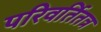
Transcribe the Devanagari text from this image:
परिवर्तितत्र